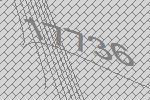
17736